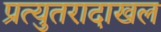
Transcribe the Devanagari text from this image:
प्रत्युतरादाखल